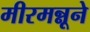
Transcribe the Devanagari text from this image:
मीरमन्नूने